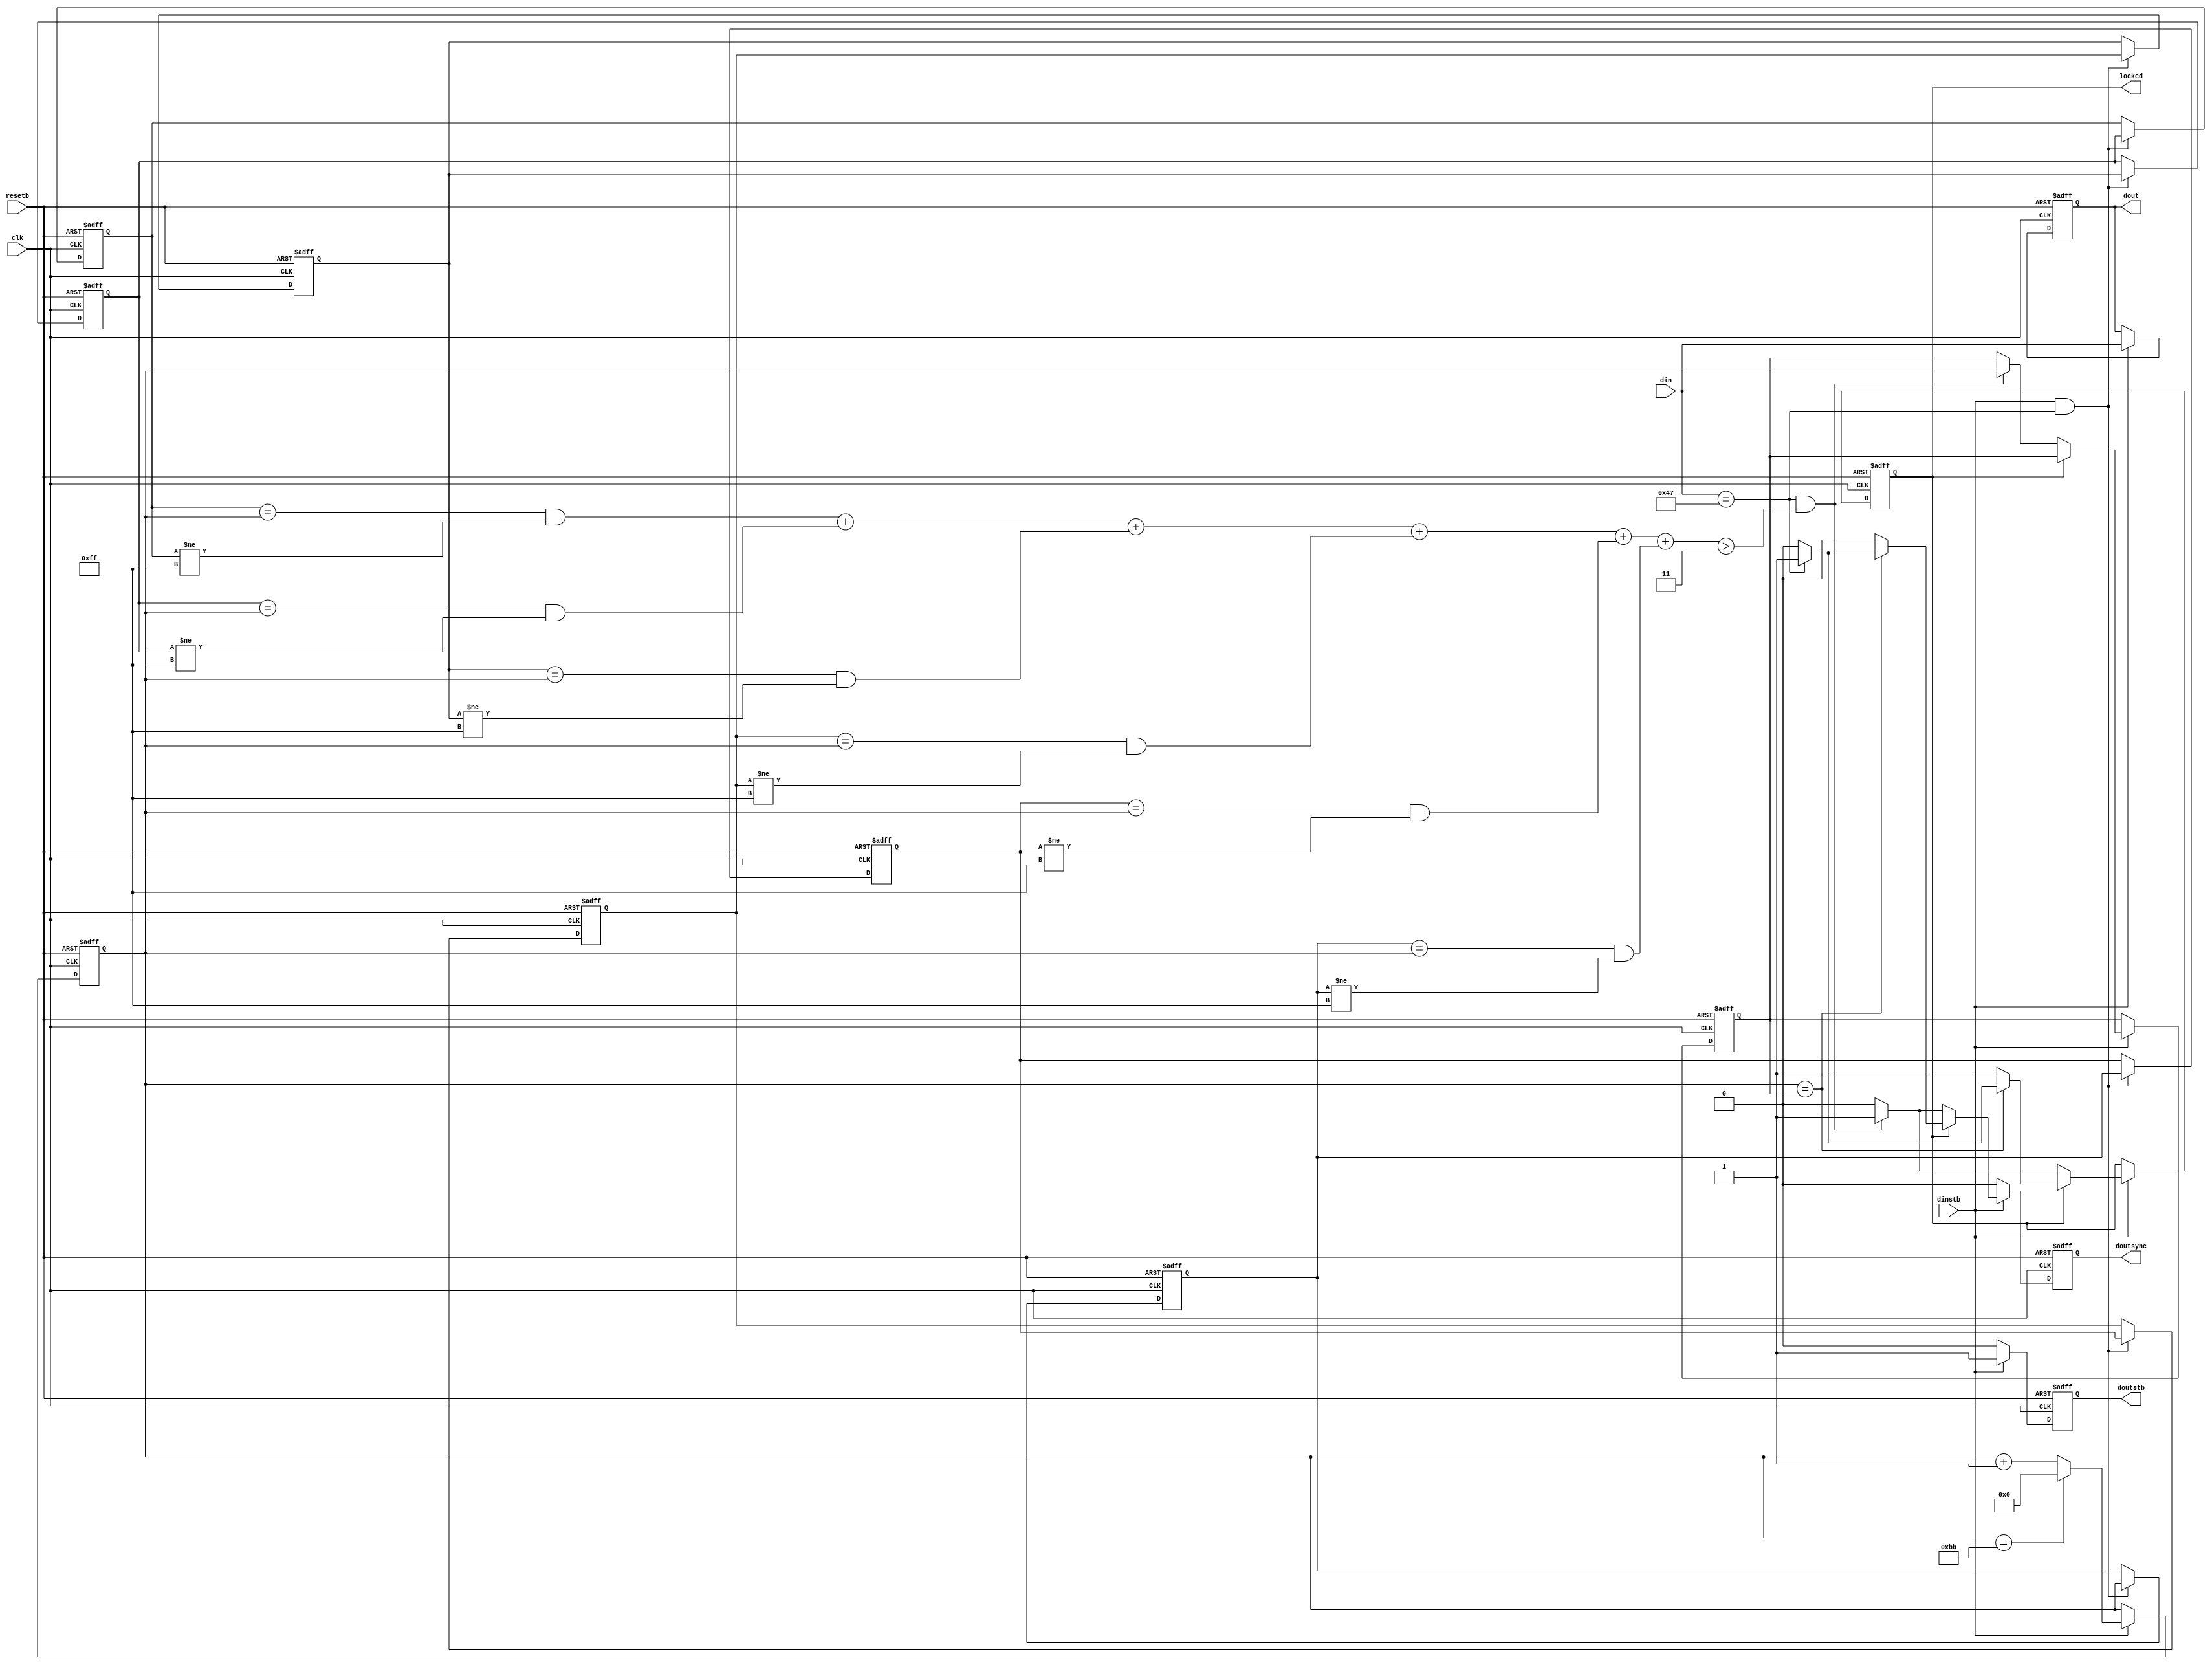
//
// Simple example of a "framer".  In this case, an MPEG framer where
// data is sent in 188-byte frames which begin with a special SYNC character
// defined as 47 hex.  Framing must, of course, handle cases where 47s
// happen to also be embedded in the data.  Framer must be able to find
// the period SYNC characters while not be thrown off by spurious SYNCs.
//
// This circuit uses a modulo-188 counter that serves as a timestamp.
// Every received SYNC character causes the current modulo-188 counter
// to be pushed onto a little queue.  The idea is that the timestamps
// should all be the same if the data was perfectly framed.  If spurious
// false SYNC characters fall in the data, then some of the timestamps
// will be different.  This is OK as long as there is a clear majority.
//
// This circuit is something I started to actually have to do, but then
// I ended up not using it.  It is not tested, so use it only for ideas
// and not as a proven circuit!!
//
// tom coonan, 12/1999
//
module framer (clk, resetb, din, dinstb, dout, doutsync, doutstb, locked);
input		clk;
input		resetb;
input [7:0]	din;
input		dinstb;
output [7:0]	dout;
output		doutsync;
output		doutstb;
output		locked;

parameter SYNC = 8'h47;

reg [7:0]	dout;
reg		doutsync;
reg		doutstb;
reg		locked;

/* Internals */

// Free-running Modulo-188 counter
reg [7:0]	cnt188;

// Modulo-188 value when SYNCs are expected once locked.
reg [7:0]	syncindex;

// 6 deep queue of timestamps of every time a SYNC character is received.
// the timestamp is the value of the modulo-188 counter when a SYNC is received.
//
reg [7:0]	t0;	// Oldest timestamp
reg [7:0]	t1;
reg [7:0]	t2;
reg [7:0]	t3;
reg [7:0]	t4;
reg [7:0]	t5;	// Newest timestamp

// Modulo-188 free-running counter.
//
always @(posedge clk or negedge resetb) begin
   if (~resetb) begin
      cnt188 <= 0;
   end
   else begin
      if (dinstb) begin
         if (cnt188 == 187) begin
            cnt188 <= 0;
         end
         else begin
            cnt188 <= cnt188 + 1;
         end
      end
   end
end

// Timestamp queue.
//
always @(posedge clk or negedge resetb) begin
   if (~resetb) begin
      t0 <= 8'hff;  // Let's use FF as an invalid indicator, otherwise
      t1 <= 8'hff;  // we'd potentially get a premature lock..
      t2 <= 8'hff;
      t3 <= 8'hff;
      t4 <= 8'hff;
      t5 <= 8'hff;
   end
   else begin
      if (dinstb && (din == SYNC)) begin
         // Add new timestamp into our queue.
         t0 <= t1;   
         t1 <= t2;   
         t2 <= t3;   
         t3 <= t4;   
         t4 <= t5;   
         t5 <= cnt188;   
      end
   end
end

// Comparators.
wire t0equal = (t0 == cnt188) && (t0 != 8'hFF);
wire t1equal = (t1 == cnt188) && (t1 != 8'hFF);
wire t2equal = (t2 == cnt188) && (t2 != 8'hFF);
wire t3equal = (t3 == cnt188) && (t3 != 8'hFF);
wire t4equal = (t4 == cnt188) && (t4 != 8'hFF);
wire t5equal = (t5 == cnt188) && (t5 != 8'hFF);

// Count number of matches in all the prior timestamps and current modulo-188 time.
wire [3:0] numequal = t0equal + t1equal + t2equal + t3equal + t4equal + t5equal;

// Main sequential process.
//
always @(posedge clk or negedge resetb) begin
   if (~resetb) begin
      locked   <= 0;
      dout     <= 0;
      doutstb  <= 0;
      doutsync <= 0;
      syncindex <= 0;
   end
   else begin
      doutstb  <= 0;  // defaults..
      doutsync <= 0;
      if (dinstb) begin
         dout    <= din;
         doutstb <= 1;
         if (locked) begin
            if (cnt188 == syncindex) begin
               // We expect the data input to be a SYNC.  If it is not, we will
               // immediately drop lock.
               //
               if (din == SYNC) begin
                  $display (".. Received expected SYNC ..");
                  doutsync <= 1;
               end
               else begin
                  locked   <= 0;
                  $display (".. Did not receive expected SYNC, dropping lock! ");
               end
            end
         end
         else begin
            // The following line is the criteria for declaring LOCK.  It
            // says that when a SYNC is recieved we look at the current
            // timestamp, and if this timestamp is present in at least
            // 4 other times in the queue, than this SYNC is an actual SYNC.
            //
            if ((din == SYNC) && (numequal > 3)) begin
               doutsync <= 1;
               locked   <= 1;
               syncindex <= cnt188;
               $display (".. Received SYNC (cnt188=%0h) and declaring LOCK!", cnt188);
            end
         end
      end
   end
end

endmodule

// synopsys translate_off
module test;

reg		clk;
reg		resetb;
reg [7:0]	din;
reg		dinstb;
wire [7:0]	dout;
wire		doutsync;
wire		doutstb;
wire		locked;

// Instantiate the framer
framer framer (
   .clk(clk),
   .resetb(resetb),
   .din(din),
   .dinstb(dinstb),
   .dout(dout),
   .doutsync(doutsync),
   .doutstb(doutstb),
   .locked(locked)
);

initial begin
   fork
      monitor_cycles(100000); // just in case..
      genreset;
      genclock;
      begin
         gendata (20);
         $display ("Done sending good framed data, now sending trash..");
         genradomdata (188*3);  // 3 frames worth of trash.. should drop lock.
         $display ("Done sending trash.  Killing simulation.");
         $finish;
      end
      monitor_framer_output;
   join
end

// Generate VCD file for viewing.
initial begin
   $dumpfile ("framer.vcd");
   $dumpvars (0,test);   
end

// Just a generic task for watching total cycles.
task monitor_cycles;
   input	maxcycles;
   integer	maxcycles;
   integer	cycles;
   begin
      forever begin
         @(posedge clk);
         cycles = cycles + 1;
         if (cycles > maxcycles) begin
            $finish;
         end
      end
   end
endtask

// Watch output of framer.  Expect to see the pattern 1,2,3,4 after each SYNC.
// This is the pattern that will be injected into framer.
//
task monitor_framer_output;
   integer	cnt;
   integer	numerrors;
   begin
      numerrors = 0;
      forever begin
         @(posedge doutstb);
         #1;
         if (doutsync) begin
            $display ("Framer says SYNC..");
            cnt = 1;
            repeat (4) begin
               @(posedge doutstb);
               #1
               $display ("   and %h..", dout);
               if (dout != cnt) begin
                  numerrors = numerrors + 1;
                  $display ("!! Unexpected data from framer !! (%0d errors)", numerrors);
               end
               cnt = cnt + 1;
            end
         end
      end
   end
endtask

task genreset;
   begin
      resetb = 0;
      repeat (2) @(posedge clk);
      @(negedge clk);
      resetb = 1;
   end
endtask

task genclock;
   begin
      clk = 0;
      forever begin
         #10 clk = ~clk;
      end
   end
endtask

// Input framed data into the framer.  First 4 bytes of each frame should be
// a simple counting sequence that can then be checked at its output.
//
task gendata;
   input	numframes;
   
   integer	numframes;
   
   integer	cnt;
   begin
      cnt = $random;  // Start randomly in the frame sequence..
      repeat (numframes*188) begin
         repeat (3) @(posedge clk);
         if (cnt == 0) begin
            din = 8'h47;
            $display ("SYNC..");
         end
         else begin
            if (cnt < 5) begin
               din = cnt;
            end
            else begin
               din = $random;
               if (din == 8'h47) begin
                  $display ("   .. Non-SYNC 0x47 embedded in frame data !");
               end
            end
         end
      
         dinstb = 1;
         @(posedge clk);
         dinstb = 0;
         cnt = (cnt + 1) % 188;
      end
   end
endtask

// This will inject trash (no good framing) into framer.  Use this to show
// that it actually drops lock.
//
task genradomdata;
   input	numbytes;
   integer	numbytes;
   begin
      repeat (numbytes) begin
         repeat (3) @(posedge clk);
         din = $random;
         dinstb = 1;
         @(posedge clk);
         dinstb = 0;
      end
   end
endtask

endmodule
// synopsys translate_on